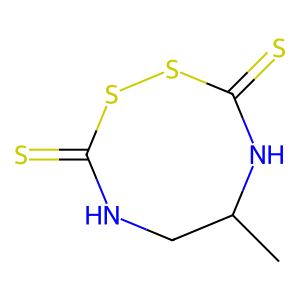
SMILES: CC1CNC(=S)SSC(=S)N1
Inhibits HIV replication: No